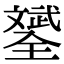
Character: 𣁦